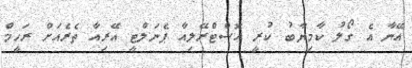
އޭނާ އެ ގޯލު ކާމިޔާބު ކުރީ އޮސްޓްރޭލިއާ ޕެނަލްޓީ އޭރިއާ ތެރެއަށް ރަހީމް